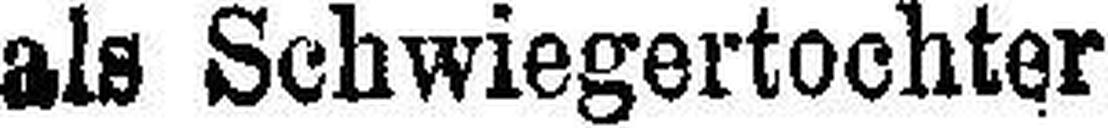
als Schwiegertochter.